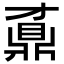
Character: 鼒